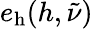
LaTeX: e_{\mathrm{h}}(h,\tilde{\nu})